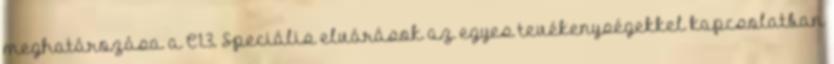
meghatározása a C1.3. Speciális elvárások az egyes tevékenységekkel kapcsolatban